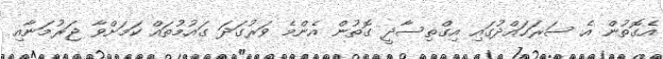
އެގޮތުން އެ ސަރަހައްދުގައި އިގްތިސާދީ ގޮތުން އެންމެ ވަރުގަދަ ގައުމުތައް ކަމަށްވާ ޖަރުމަނާއި